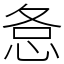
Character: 㤩